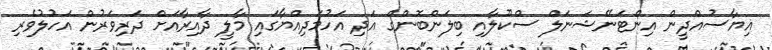
ޣިޔާސުއްދީން އިންޓަނޭޝަނަލް ސްކޫލާއި ބިލަންބޮންގް އަދި އަހުމަދިއްޔާގައި މާލީ ދާއިރާއަށް ދަރިވަރުން އަހުލުވެރި